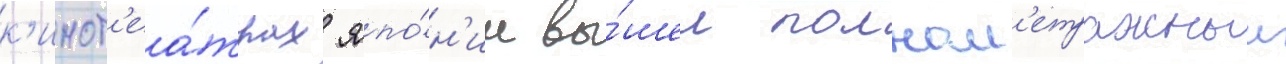
к'инот'еа́трах япо́н'ии вы́шел полном'етражныи